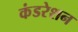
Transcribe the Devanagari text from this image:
कंडरेशन